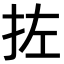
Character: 𪭥